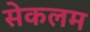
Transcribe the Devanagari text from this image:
सेकलम